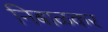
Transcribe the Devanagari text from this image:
निबाळकर